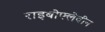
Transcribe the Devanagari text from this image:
राइबोफ्लेवीन